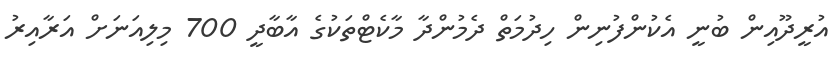
އުރީދޫއިން ބުނީ އެކުންފުނިން ހިދުމަތް ދެމުންދާ މާކެޓްތަކުގެ އާބާދީ 700 މިލިއަނަށް އަރާއިރު